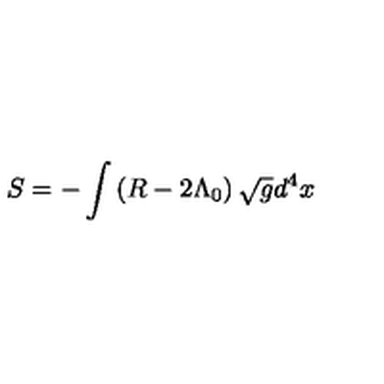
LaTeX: S = - \int \left( R - 2 \Lambda _ { 0 } \right) \sqrt { g } d ^ { 4 } x